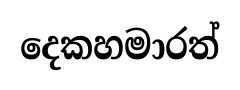
දෙකහමාරත්